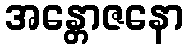
အန္တောဇနော